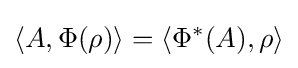
\langle A,\Phi (\rho )\rangle =\langle \Phi ^{*}(A),\rho \rangle